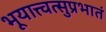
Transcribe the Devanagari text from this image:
भूयात्त्वत्सुप्रभातं